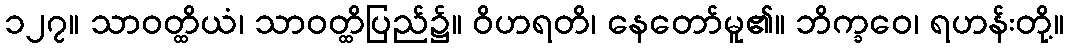
၁၂၇။ သာဝတ္ထိယံ၊ သာဝတ္ထိပြည်၌။ ဝိဟရတိ၊ နေတော်မူ၏။ ဘိက္ခဝေ၊ ရဟန်းတို့။